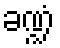
ခဏ္ဍံ